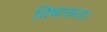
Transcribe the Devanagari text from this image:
विषाक्तता।